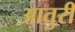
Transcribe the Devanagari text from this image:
आतुरी